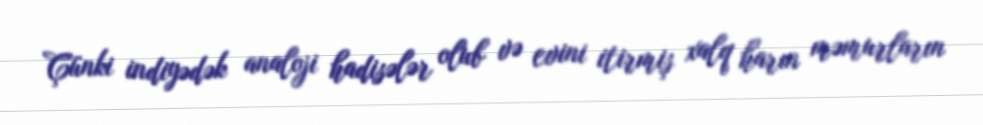
Çünki indiyədək analoji hadisələr olub və evini itirmiş xalq harın məmurların